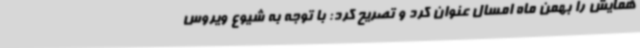
همایش را بهمن ماه امسال عنوان کرد و تصریح کرد: با توجه به شیوع ویروس